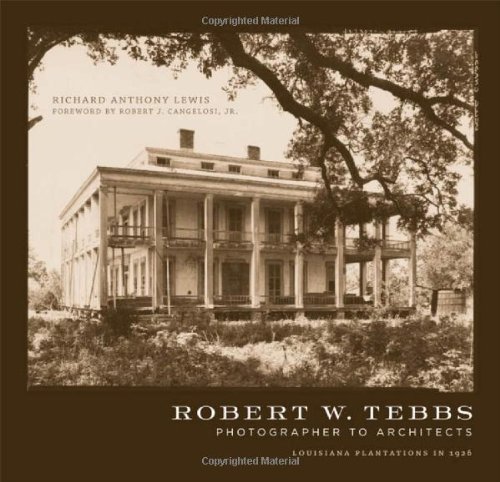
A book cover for Robert W. Tebbs, Photographer to Architects: Louisiana Plantations in 1926; Richard Anthony Lewis; Arts & Photography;